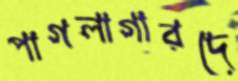
পাগলাগারদে